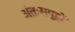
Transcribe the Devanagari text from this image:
अंतःसमूहों